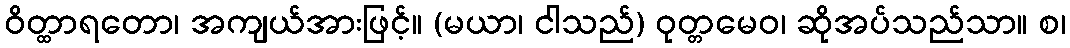
ဝိတ္ထာရတော၊ အကျယ်အားဖြင့်။ (မယာ၊ ငါသည်) ဝုတ္တမေဝ၊ ဆိုအပ်သည်သာ။ စ၊